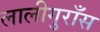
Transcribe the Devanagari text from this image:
लालीगुराँस